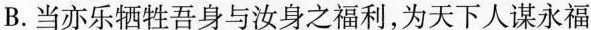
B.当亦乐牺牲吾身与汝身之福利，为天下人谋永福